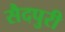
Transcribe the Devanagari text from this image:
सैदपुरी